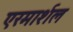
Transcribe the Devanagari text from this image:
एरमार्शल